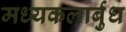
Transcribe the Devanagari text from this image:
मध्यकलार्बुध